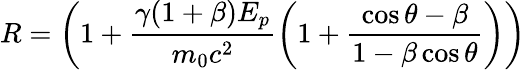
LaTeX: R=\left(1+\frac{\gamma(1+\beta)E_{p}}{m_{0}c^{2}}\left(1+\frac{\cos\theta-\beta}{1-\beta\cos\theta}\right)\right)